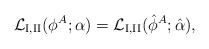
\begin{align*}{\cal L}_{\rm I,II}(\phi^A; \alpha) = {\cal L}_{\rm I,II}(\hat \phi^A; \hat \alpha), \end{align*}